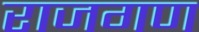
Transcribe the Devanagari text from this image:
राजगण